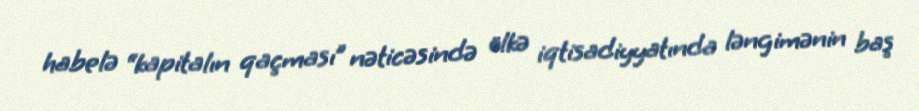
habelə “kapitalın qaçması” nəticəsində ölkə iqtisadiyyatında ləngimənin baş